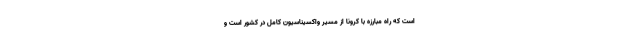
است که راه مبارزه با کرونا از مسیر واکسیناسیون کامل در کشور است و